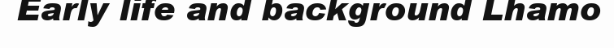
Early life and background Lhamo